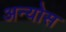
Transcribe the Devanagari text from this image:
अन्योस